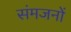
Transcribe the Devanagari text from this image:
संमजनों